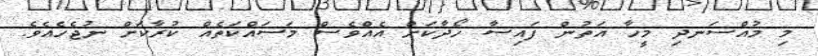
މި މުއްސަނދި މީހާ އަތުން ފައިސާ ހޯދާކަށް އެއްވެސް މަސައްކަތެއް ކުރާކަށް ނުޖެހެއެވެ.